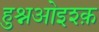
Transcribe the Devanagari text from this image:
हुश्नओइश्क़